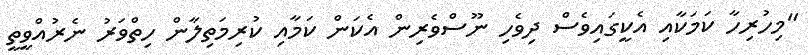
"މިހުރިހާ ކަމަކާއި އެކީގައިވެސް ދިވެހި ނޫސްވެރިން އެކަން ކަމާއި ކުރިމަތިލާން ހިތްވަރު ނެރުއްވީތީ